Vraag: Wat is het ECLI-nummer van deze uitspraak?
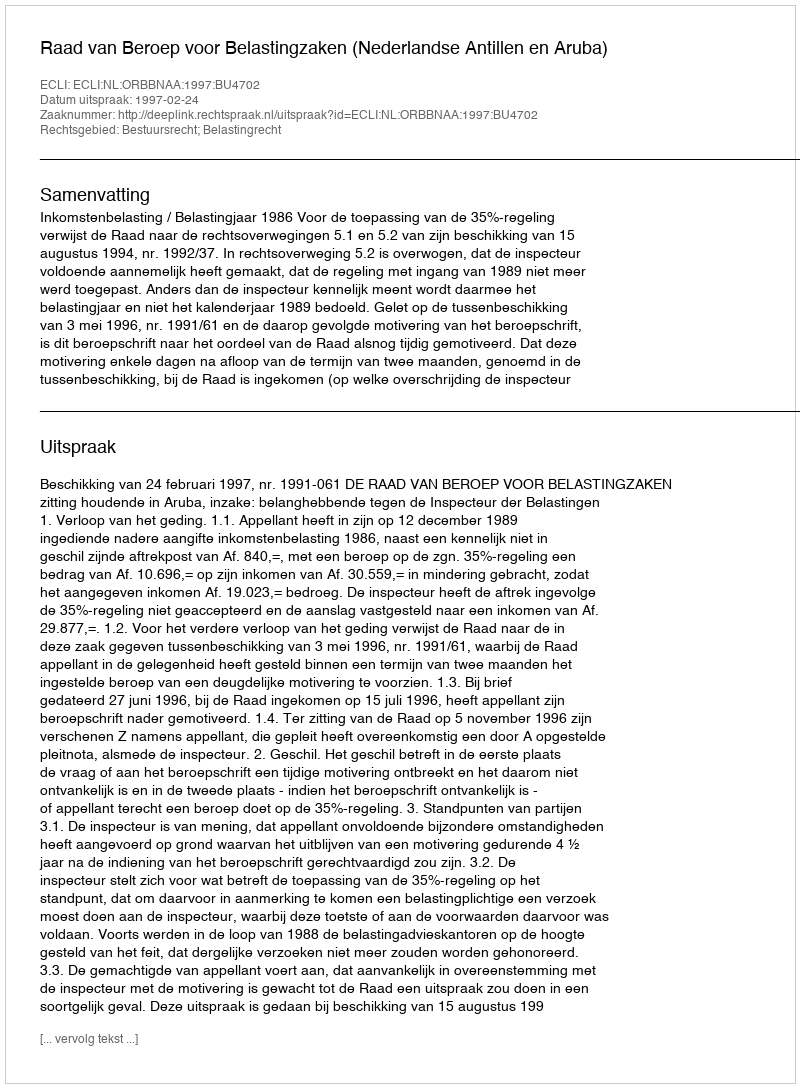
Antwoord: ECLI:NL:ORBBNAA:1997:BU4702